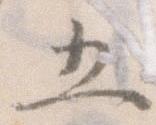
五